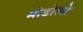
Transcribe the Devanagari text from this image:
मोडोलो